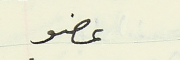
عضو